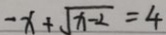
- x + \sqrt { x - 2 } = 4